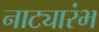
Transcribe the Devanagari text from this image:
नाट्यारंभ